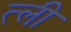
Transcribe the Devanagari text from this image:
त्ली